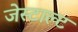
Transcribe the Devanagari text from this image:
जेस्टाल्ट